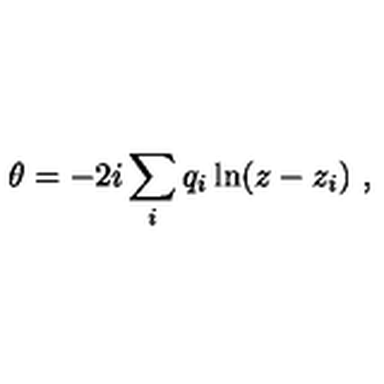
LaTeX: \theta = - 2 i \sum _ { i } q _ { i } \ln ( z - z _ { i } ) \ ,